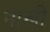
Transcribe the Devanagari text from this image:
नाखी